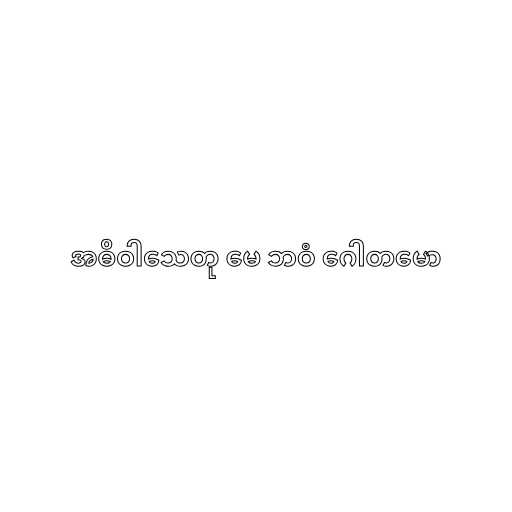
အဓိဝါသေတု မေ ဘဝံ ဂေါတမော